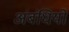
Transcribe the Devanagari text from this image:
अंबंधियों